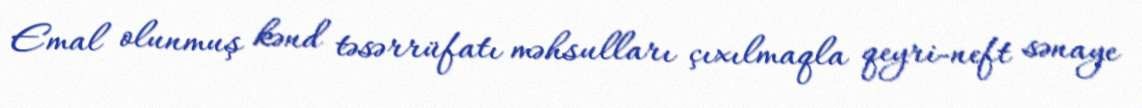
Emal olunmuş kənd təsərrüfatı məhsulları çıxılmaqla qeyri-neft sənaye